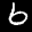
Label: 6